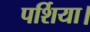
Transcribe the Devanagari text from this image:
पर्शिया।